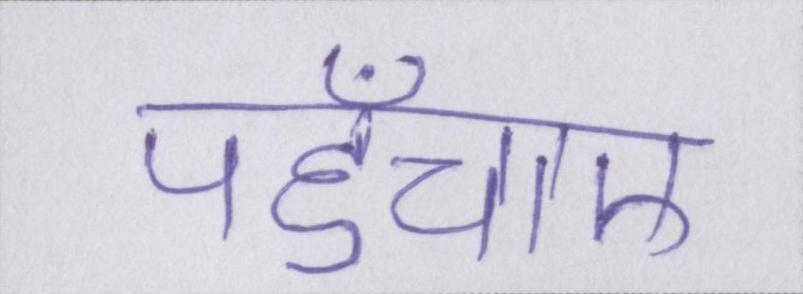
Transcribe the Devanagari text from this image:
पहुँचाए